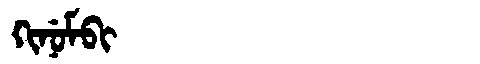
Manchu: ᡴᡳᠨᡠᠮᠪᡳ
Romanization: KINUMBI